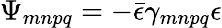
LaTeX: \Psi_{mnpq}=-\bar{\epsilon}\gamma_{mnpq}\epsilon